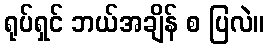
ရုပ်ရှင် ဘယ်အချိန် စ ပြလဲ။